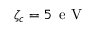
\zeta _ { c } = 5 \, \textrm { e V }